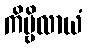
ကိမ္ဗိလာယံ